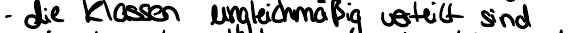
- die Klassen ungleichmäßig verteilt sind